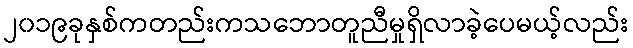
၂၀၁၉ခုနှစ်ကတည်းကသဘောတူညီမှုရှိလာခဲ့ပေမယ့်လည်း